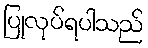
ပြုလုပ်ရပါသည်